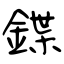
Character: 鍱